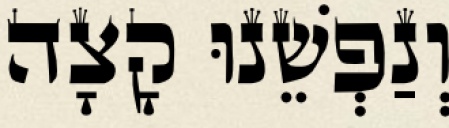
וְנַפְשֵׁנוּ קָצָה